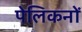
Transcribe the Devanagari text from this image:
पेलिकनों